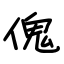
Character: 傀